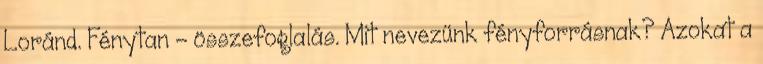
Loránd. Fénytan - összefoglalás. Mit nevezünk fényforrásnak? Azokat a